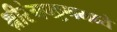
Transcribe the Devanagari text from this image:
श्रीरंगपट्टणमध्ये